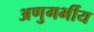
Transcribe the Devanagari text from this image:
अणुगर्भीय